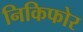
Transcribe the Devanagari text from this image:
निकिफोर